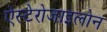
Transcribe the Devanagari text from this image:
ऐस्टेरोजाइलोन